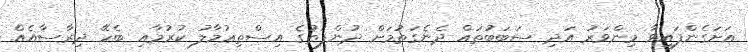
އަށަގެންފައިވާ މިންވަރު އަދި ސަބަބުތައް ދެނެގަތުމަށް ދުންފަތުގެ އިސްތިޢުމާލު ކުރުމާއި ބެހޭ ދިރާސާއެއް